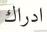
ادراك